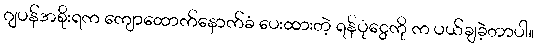
ဂျပန်အစိုးရက ကျောထောက်နောက်ခံ ပေးထားတဲ့ ရန်ပုံငွေကို က ပယ်ချခဲ့တာပါ။